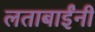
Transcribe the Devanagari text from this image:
लताबाईंनी